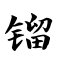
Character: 镏